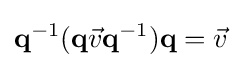
\mathbf {q} ^{-1}(\mathbf {q} {\vec {v}}\mathbf {q} ^{-1})\mathbf {q} ={\vec {v}}